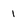
Character: 1